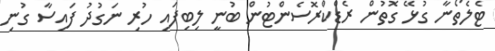
ޓެލެތޯނާ ގުޅޭ ގޮތުން ރެޑްކްރޮސެންޓުން ބުނީ ލިބިފައި ހުރި ނަގުދު ފައިސާ ގުނި